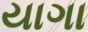
યાગા